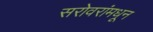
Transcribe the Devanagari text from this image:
सरोवरांमधून